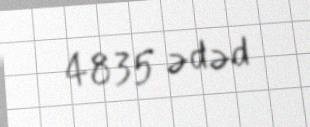
4835 ədəd